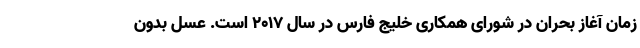
زمان آغاز بحران در شورای همکاری خلیج فارس در سال ۲۰۱۷ است. عسل بدون